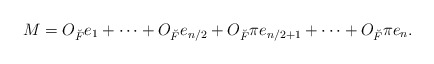
\begin{align*} M = O_{\breve F} e_1 + \dotsb + O_{\breve F} e_{n/2} + O_{\breve F} \pi e_{n/2 + 1} + \dotsb + O_{\breve F} \pi e_n.\end{align*}